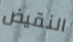
النقيض